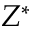
Z ^ { \ast }